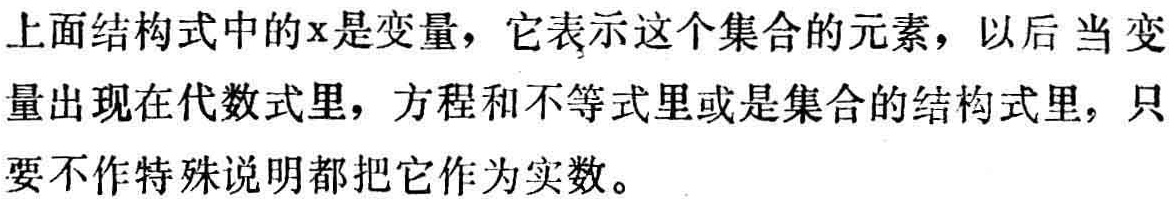
上面结构式中的\(x\)是变量，它表示这个集合的元素，以后当变量出现在代数式里，方程和不等式里或是集合的结构式里，只要不作特殊说明都把它作为实数。